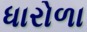
ધારોળા